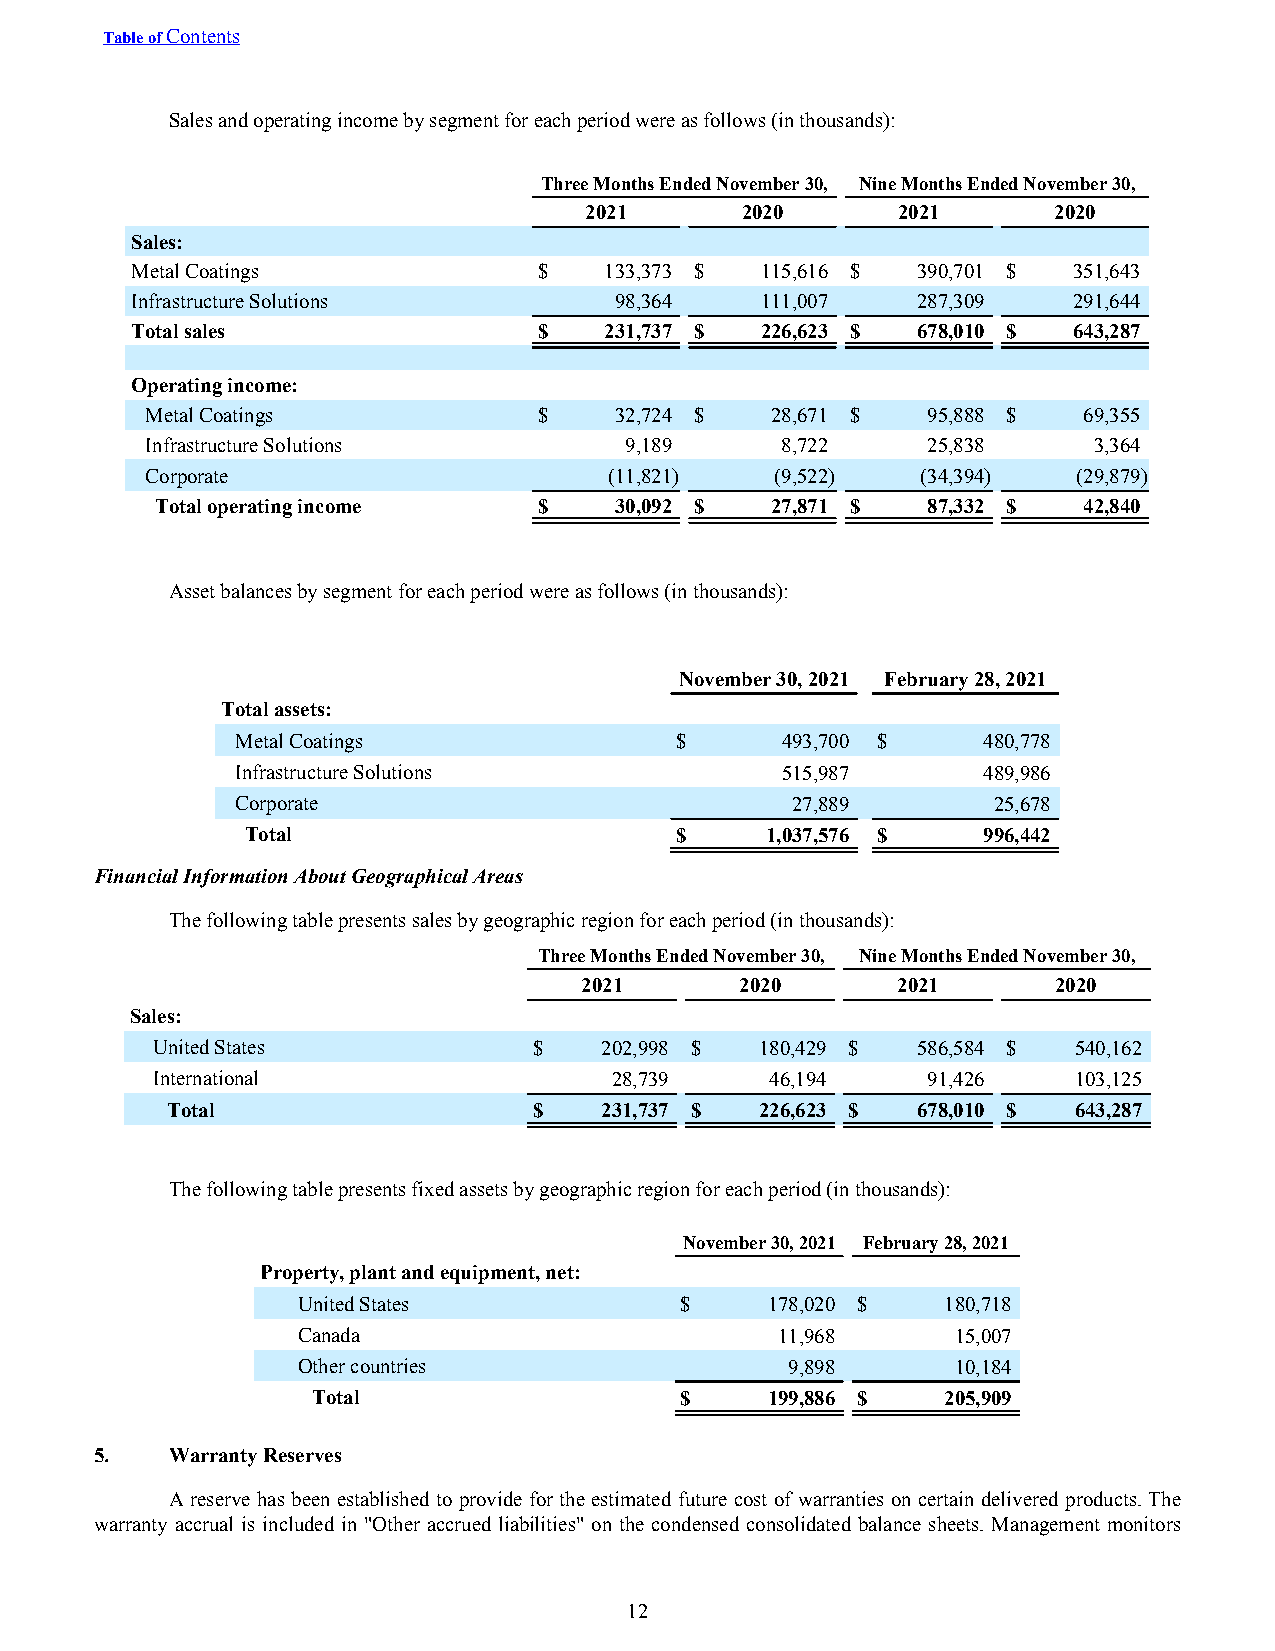
Table of Contents
 Sales and operating income by segment for each period were as follows (in thousands):
 Three Months Ended November 30, Nine Months Ended November 30,
 2021      2020      2021       2020
 Sales:
 Metal Coatings             $   133,373 $ 115,616 $  390,701 $ 351,643
 Infrastructure Solutions        98,364   111,007    287,309   291,644
 Total sales                $   231,737 $ 226,623 $  678,010 $ 643,287
 Operating income:
 Metal Coatings            $    32,724 $  28,671 $  95,888 $   69,355
 Infrastructure Solutions       9,189      8,722    25,838     3,364
 Corporate                     (11,821)   (9,522)   (34,394)  (29,879)
 Total operating income    $    30,092 $  27,871 $  87,332 $   42,840
 Asset balances by segment for each period were as follows (in thousands):
 November 30, 2021 February 28, 2021
 Total assets:
 Metal Coatings               $      493,700 $    480,778
 Infrastructure Solutions            515,987      489,986
 Corporate                           27,889        25,678
 Total                        $     1,037,576 $   996,442
 Financial Information About Geographical Areas
 The following table presents sales by geographic region for each period (in thousands):
 Three Months Ended November 30, Nine Months Ended November 30,
 2021       2020      2021       2020
 Sales:
 United States            $    202,998 $ 180,429 $  586,584 $ 540,162
 International                 28,739     46,194    91,426    103,125
 Total                   $    231,737 $ 226,623 $  678,010 $ 643,287
 The following table presents fixed assets by geographic region for each period (in thousands):
 November 30, 2021 February 28, 2021
 Property, plant and equipment, net:
 United States            $     178,020 $   180,718
 Canada                          11,968     15,007
 Other countries                 9,898      10,184
 Total                   $     199,886 $   205,909
 5.   Warranty Reserves
 A reserve has been established to provide for the estimated future cost of warranties on certain delivered products. The
 warranty accrual is included in "Other accrued liabilities" on the condensed consolidated balance sheets. Management monitors
 12